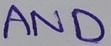
Text: AND